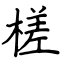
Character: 槎